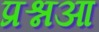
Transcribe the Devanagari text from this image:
प्रश्नआ